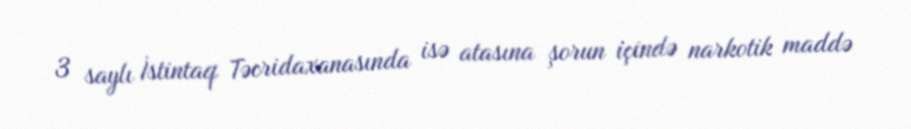
3 saylı İstintaq Təcridaxanasında isə atasına şorun içində narkotik maddə